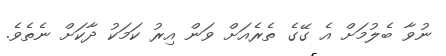
ނުވާ ބެލުމަށް އެ ގޭގެ ތެރެއަށް ވަން އިރު ކަމަކު ދާކަށް ނެތެވެ.